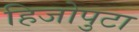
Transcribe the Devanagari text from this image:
हिजोपुटा